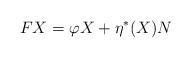
LaTeX: \begin{align*} FX=\varphi X+\eta^{\ast}(X)N\end{align*}